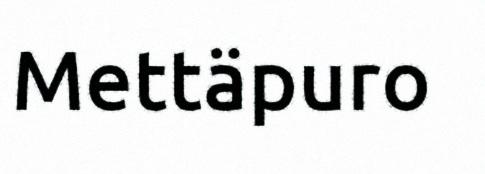
Mettäpuro